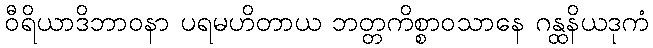
ဝီရိယာဒိဘာဝနာ ပရမဟိတာယ ဘတ္တကိစ္စာဝသာနေ ဂန္ထနိယဒုကံ